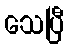
သေပြီ